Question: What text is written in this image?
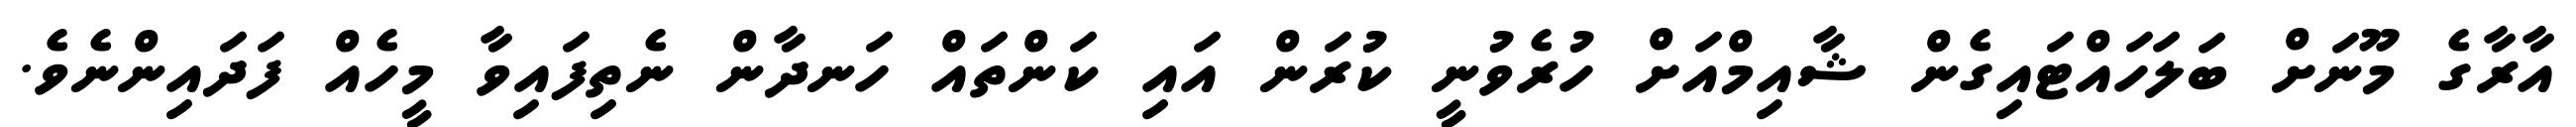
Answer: އާރާގެ މޫނަށް ބަލަހައްޓައިގެން ޝާއިމްއަށް ހުރެވުނީ ކުރަން އައި ކަންތައް ހަނދާން ނެތިފައިވާ މީހެއް ފަދައިންނެވެ.